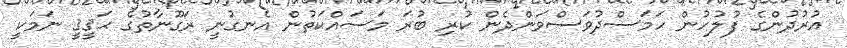
އުރުދުންގެ ފުލުހުން ހަމަސްދުވަސްވަންދެން ކުރި ބުރަ މަސައްކަތުން އެނގުނީ ރަގޫނާތުގެ ޙަޤީޤީ ނަމަކީ